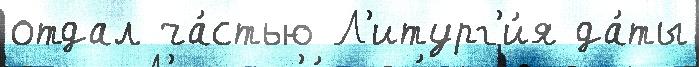
отдал ча́стью Л'итург'и́я да́ты